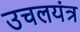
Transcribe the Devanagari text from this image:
उचलयंत्र